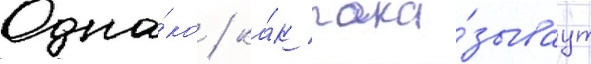
Одна́ко / ка́к пока́зываут